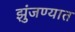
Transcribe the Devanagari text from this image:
झुंजण्यात